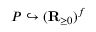
P \hookrightarrow ( \mathbf { R } _ { \geq 0 } ) ^ { f }